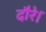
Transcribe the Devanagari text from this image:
दौरे।